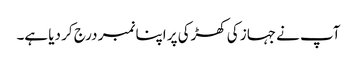
آپ نے جہاز کی کھڑکی پر اپنا نمبر درج کر دیا ہے۔